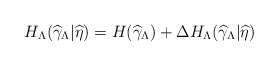
\begin{align*}H_{\Lambda }(\widehat{\gamma }_{\Lambda }|\widehat{\eta })=H(\widehat{\gamma}_{\Lambda })+\mathrm{\Delta }H_{\Lambda }(\widehat{\gamma }_{\Lambda }|\widehat{\eta }) \end{align*}